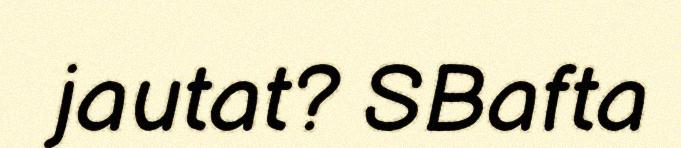
jautat? SBafta